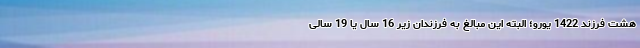
هشت فرزند 1422 یورو؛ البته این مبالغ به فرزندان زیر 16 سال یا 19 سالی